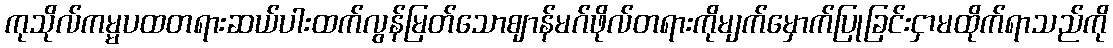
ကုသိုလ်ကမ္မပထတရားဆယ်ပါးထက်လွန်မြတ်သောဈာန်မဂ်ဖိုလ်တရားကိုမျက်မှောက်ပြုခြင်းငှာမထိုက်ရာသည်ကို